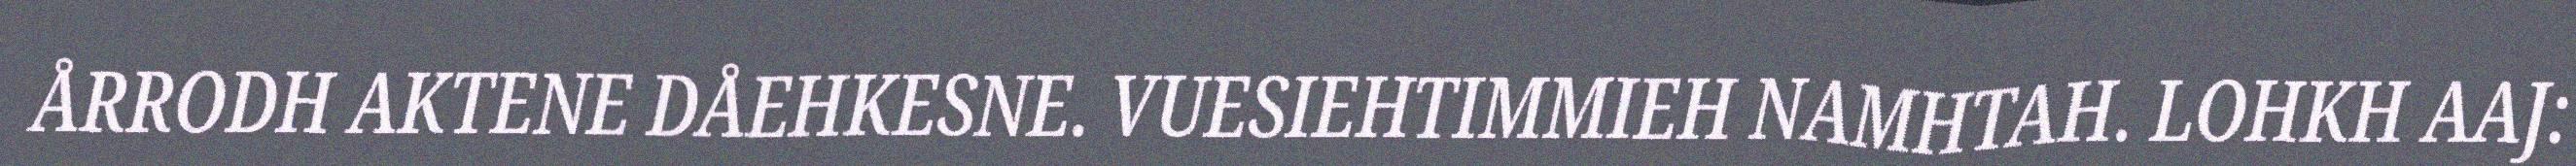
ÅRRODH AKTENE DÅEHKESNE. VUESIEHTIMMIEH NAMHTAH. LOHKH AAJ: